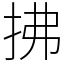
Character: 拂